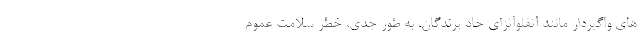
های واگیردار مانند آنفلوآنزای حاد پرندگان، به طور جدی، خطر سلامت عموم